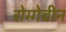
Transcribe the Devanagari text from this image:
रोग्गेवीन